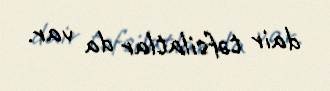
dair təfsilatlar da var.